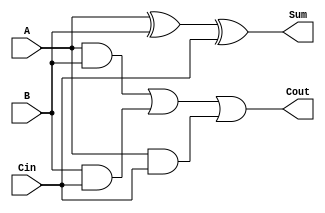
module full_adder(input A, B, Cin, output Sum, Cout);

  assign Sum = A ^ B ^ Cin;
  assign Cout = (A & B) | (B & Cin) | (A & Cin);

endmodule